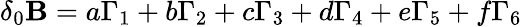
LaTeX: \delta_{0}\mathbf{B}=a\Gamma_{1}+b\Gamma_{2}+c\Gamma_{3}+d\Gamma_{4}+e\Gamma_{5}+f\Gamma_{6}